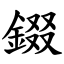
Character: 錣